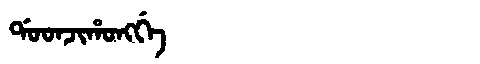
Manchu: ᡩᠣᠣᠨᠵᡳᡥᠣᠩᡤᡝ
Romanization: DOONJIHONGGE